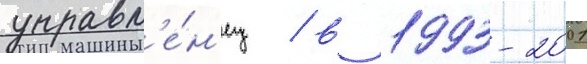
управл'е́н'ец / в 1993-2001